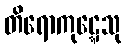
တိရောကုဋ္ဋေသု